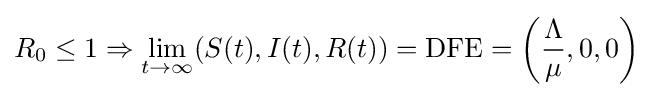
R_{0}\leq 1\Rightarrow \lim _{t\to \infty }(S(t),I(t),R(t))={\textrm {DFE}}=\left({\frac {\Lambda }{\mu }},0,0\right)